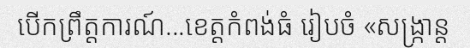
បើកព្រឹត្តការណ៍...ខេត្តកំពង់ធំ រៀបចំ «សង្ក្រាន្ត